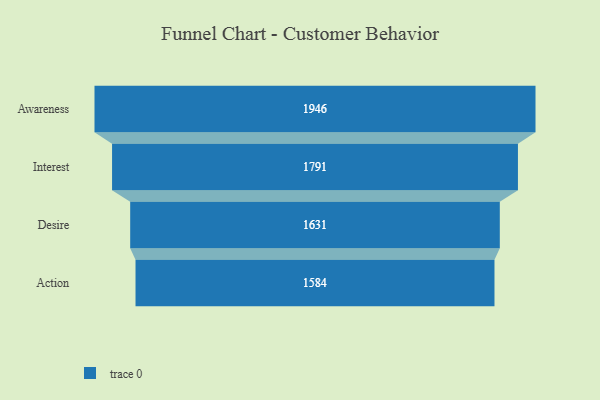
{"axis": {"x": "Stage", "y": "Value"}, "legend": [""], "data": [{"x": "Awareness", "y": 1946.0, "type": ""}, {"x": "Interest", "y": 1791.0, "type": ""}, {"x": "Desire", "y": 1631.0, "type": ""}, {"x": "Action", "y": 1584.0, "type": ""}]}